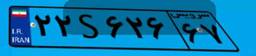
۲۲S۶۲۶۶۷